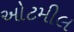
ઓટમીલ